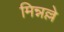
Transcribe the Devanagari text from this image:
मिन्नल्ले